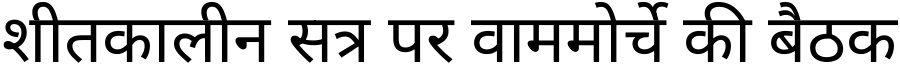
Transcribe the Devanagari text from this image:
शीतकालीन सत्र पर वाममोर्चे की बैठक